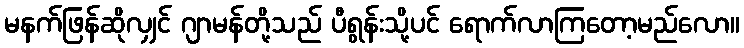
မနက်ဖြန်ဆိုလျှင် ဂျာမန်တို့သည် ပီရွန်းသို့ပင် ရောက်လာကြတော့မည်လော။